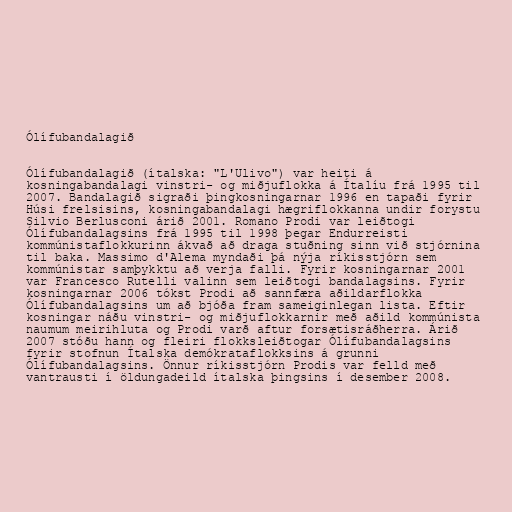
Ólífubandalagið

Ólífubandalagið (ítalska: "L'Ulivo") var heiti á
kosningabandalagi vinstri- og miðjuflokka á Ítalíu frá 1995 til
2007. Bandalagið sigraði þingkosningarnar 1996 en tapaði fyrir
Húsi frelsisins, kosningabandalagi hægriflokkanna undir forystu
Silvio Berlusconi árið 2001. Romano Prodi var leiðtogi
Ólífubandalagsins frá 1995 til 1998 þegar Endurreisti
kommúnistaflokkurinn ákvað að draga stuðning sinn við stjórnina
til baka. Massimo d'Alema myndaði þá nýja ríkisstjórn sem
kommúnistar samþykktu að verja falli. Fyrir kosningarnar 2001
var Francesco Rutelli valinn sem leiðtogi bandalagsins. Fyrir
kosningarnar 2006 tókst Prodi að sannfæra aðildarflokka
Ólífubandalagsins um að bjóða fram sameiginlegan lista. Eftir
kosningar náðu vinstri- og miðjuflokkarnir með aðild kommúnista
naumum meirihluta og Prodi varð aftur forsætisráðherra. Árið
2007 stóðu hann og fleiri flokksleiðtogar Ólífubandalagsins
fyrir stofnun Ítalska demókrataflokksins á grunni
Ólífubandalagsins. Önnur ríkisstjórn Prodis var felld með
vantrausti í öldungadeild ítalska þingsins í desember 2008.